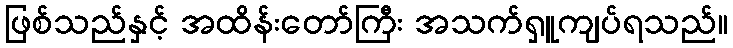
ဖြစ်သည်နှင့် အထိန်းတော်ကြီး အသက်ရှူကျပ်ရသည်။